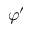
\varphi ^ { \prime }